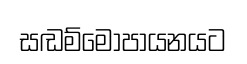
සඬම්මොපායනයට